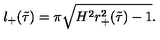
l _ { + } ( \tilde { \tau } ) = \pi \sqrt { H ^ { 2 } r _ { + } ^ { 2 } ( \tilde { \tau } ) - 1 } .